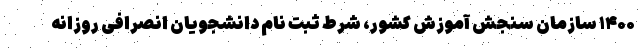
۱۴۰۰ سازمان سنجش آموزش کشور، شرط ثبت نام دانشجویان انصرافی روزانه